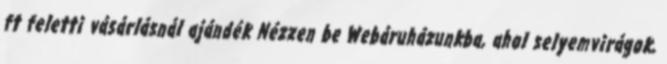
ft feletti vásárlásnál ajándék Nézzen be Webáruházunkba, ahol selyemvirágok,